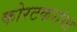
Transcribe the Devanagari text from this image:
कोरटकरांचा